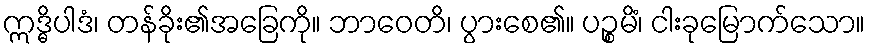
ဣဒ္ဓိပါဒံ၊ တန်ခိုး၏အခြေကို။ ဘာဝေတိ၊ ပွားစေ၏။ ပဉ္စမိံ၊ ငါးခုမြောက်သော။